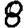
Digit: 8